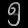
Digit: ၅